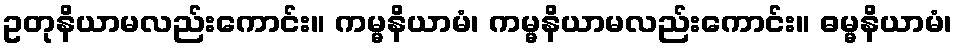
ဥတုနိယာမလည်းကောင်း။ ကမ္မနိယာမံ၊ ကမ္မနိယာမလည်းကောင်း။ ဓမ္မနိယာမံ၊